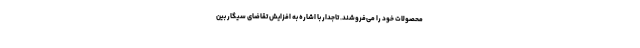
محصولات خود را می‌فروشند. تاجدار با اشاره به افزایش تقاضای سیگار بین